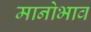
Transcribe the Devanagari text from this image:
मानोभाव